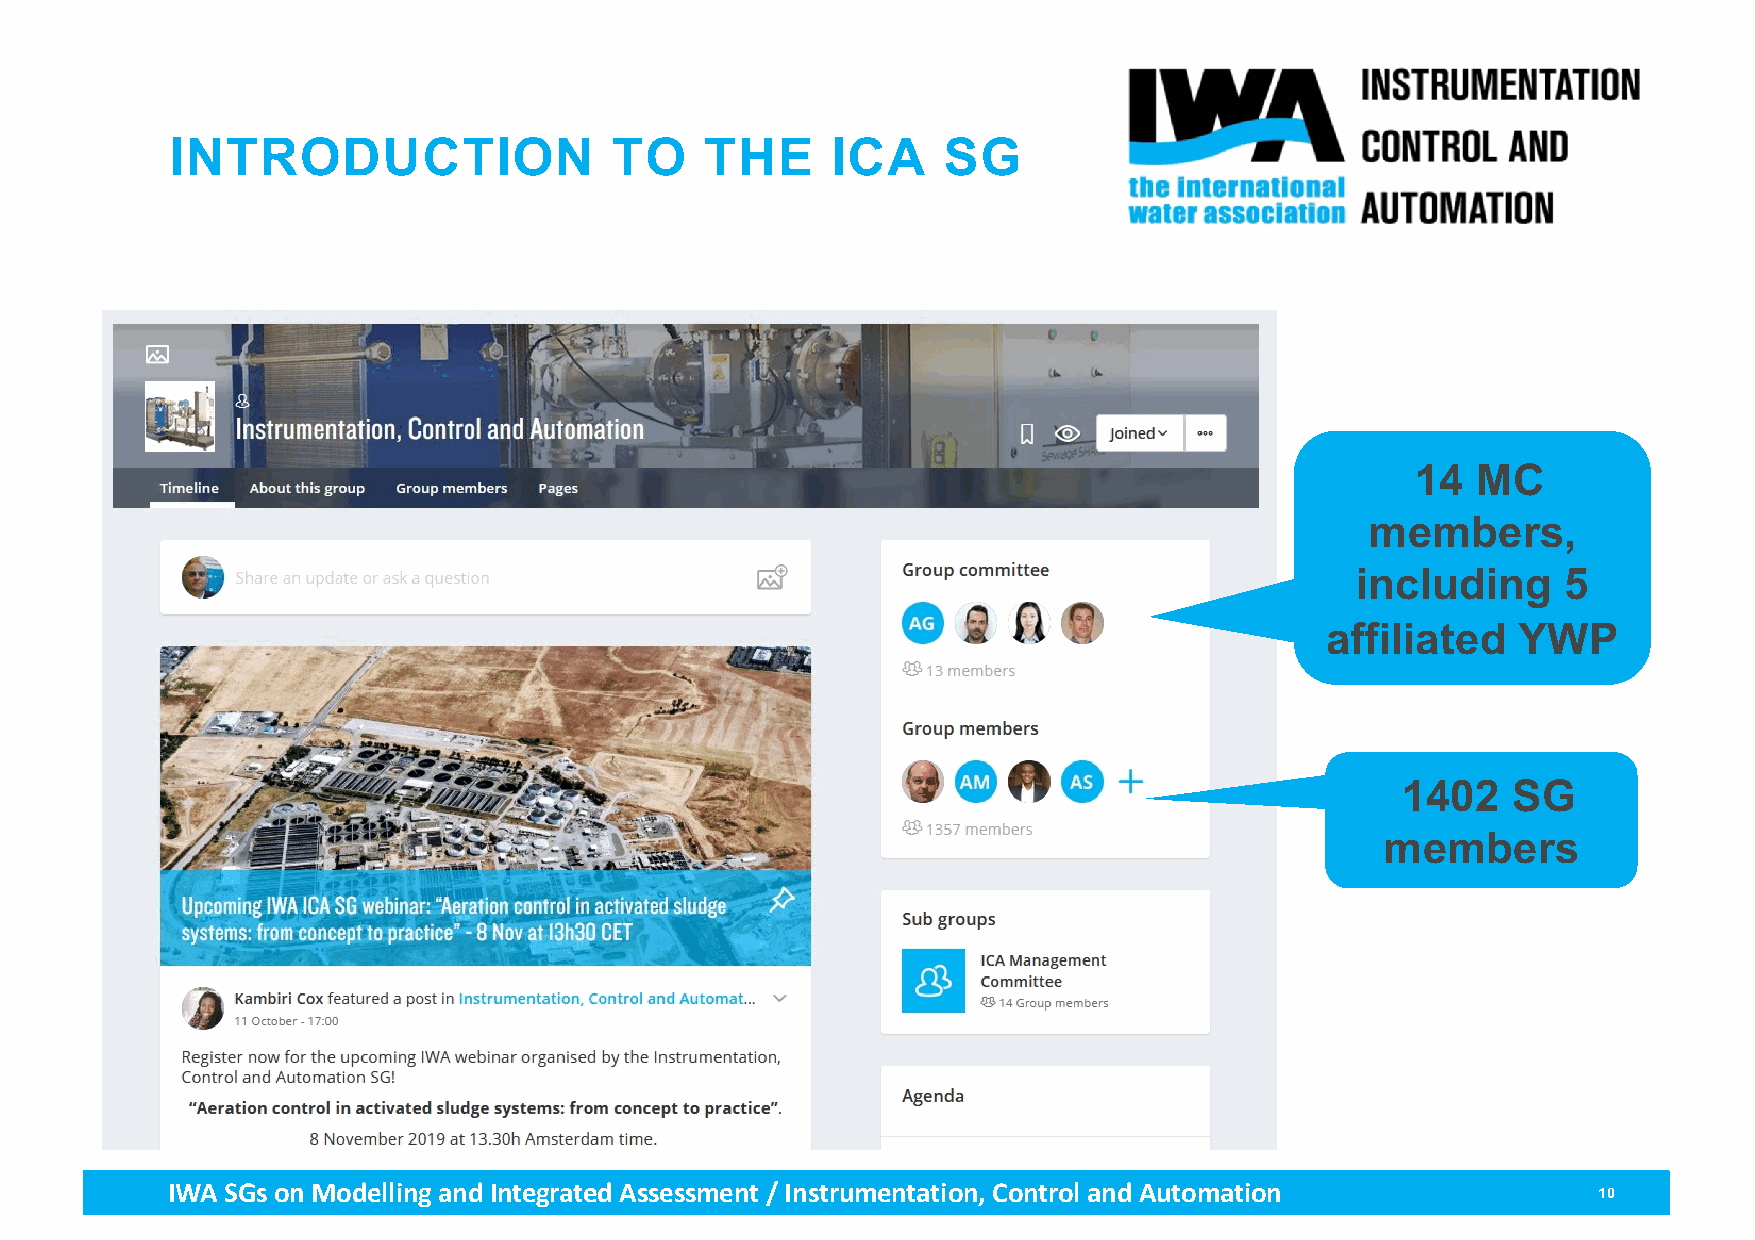
INTRODUCTION                 TO     THE     ICA    SG
 ◦14  MC
 members,
 including     5
 affiliated  YWP
 ◦1402   SG
 members
 IWA SGs on Modellingand Integrated Assessment / Instrumentation, Control and Automation        10